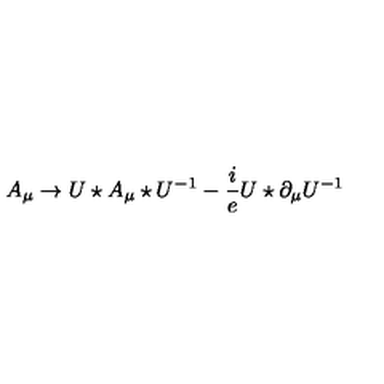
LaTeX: A _ { \mu } \rightarrow U \star A _ { \mu } \star U ^ { - 1 } - \frac { i } { e } U \star \partial _ { \mu } U ^ { - 1 }